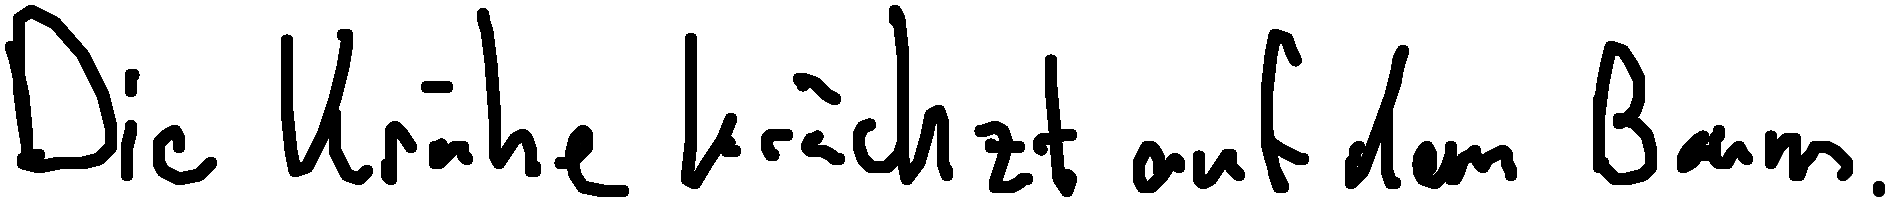
Die Krähe krächzt auf dem Baum.